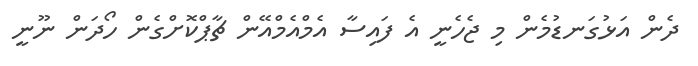
ދެން އަޅުގަނޑުމެން މި ޖެހެނީ އެ ފައިސާ އެމްއެމްއޭން ޗާޕްކޮށްގެން ހޯދަން ނޫނީ